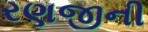
રણજીની